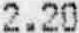
2.20